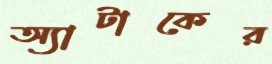
অ্যাটাকের